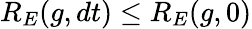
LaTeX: R_{E}(g,dt)\leq R_{E}(g,0)